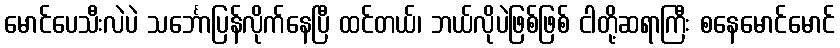
မောင်ပေသီးလဲပဲ သင်္ဘောပြန်လိုက်နေပြီ ထင်တယ်၊ ဘယ်လိုပဲဖြစ်ဖြစ် ငါတို့ဆရာကြီး စနေမောင်မောင်